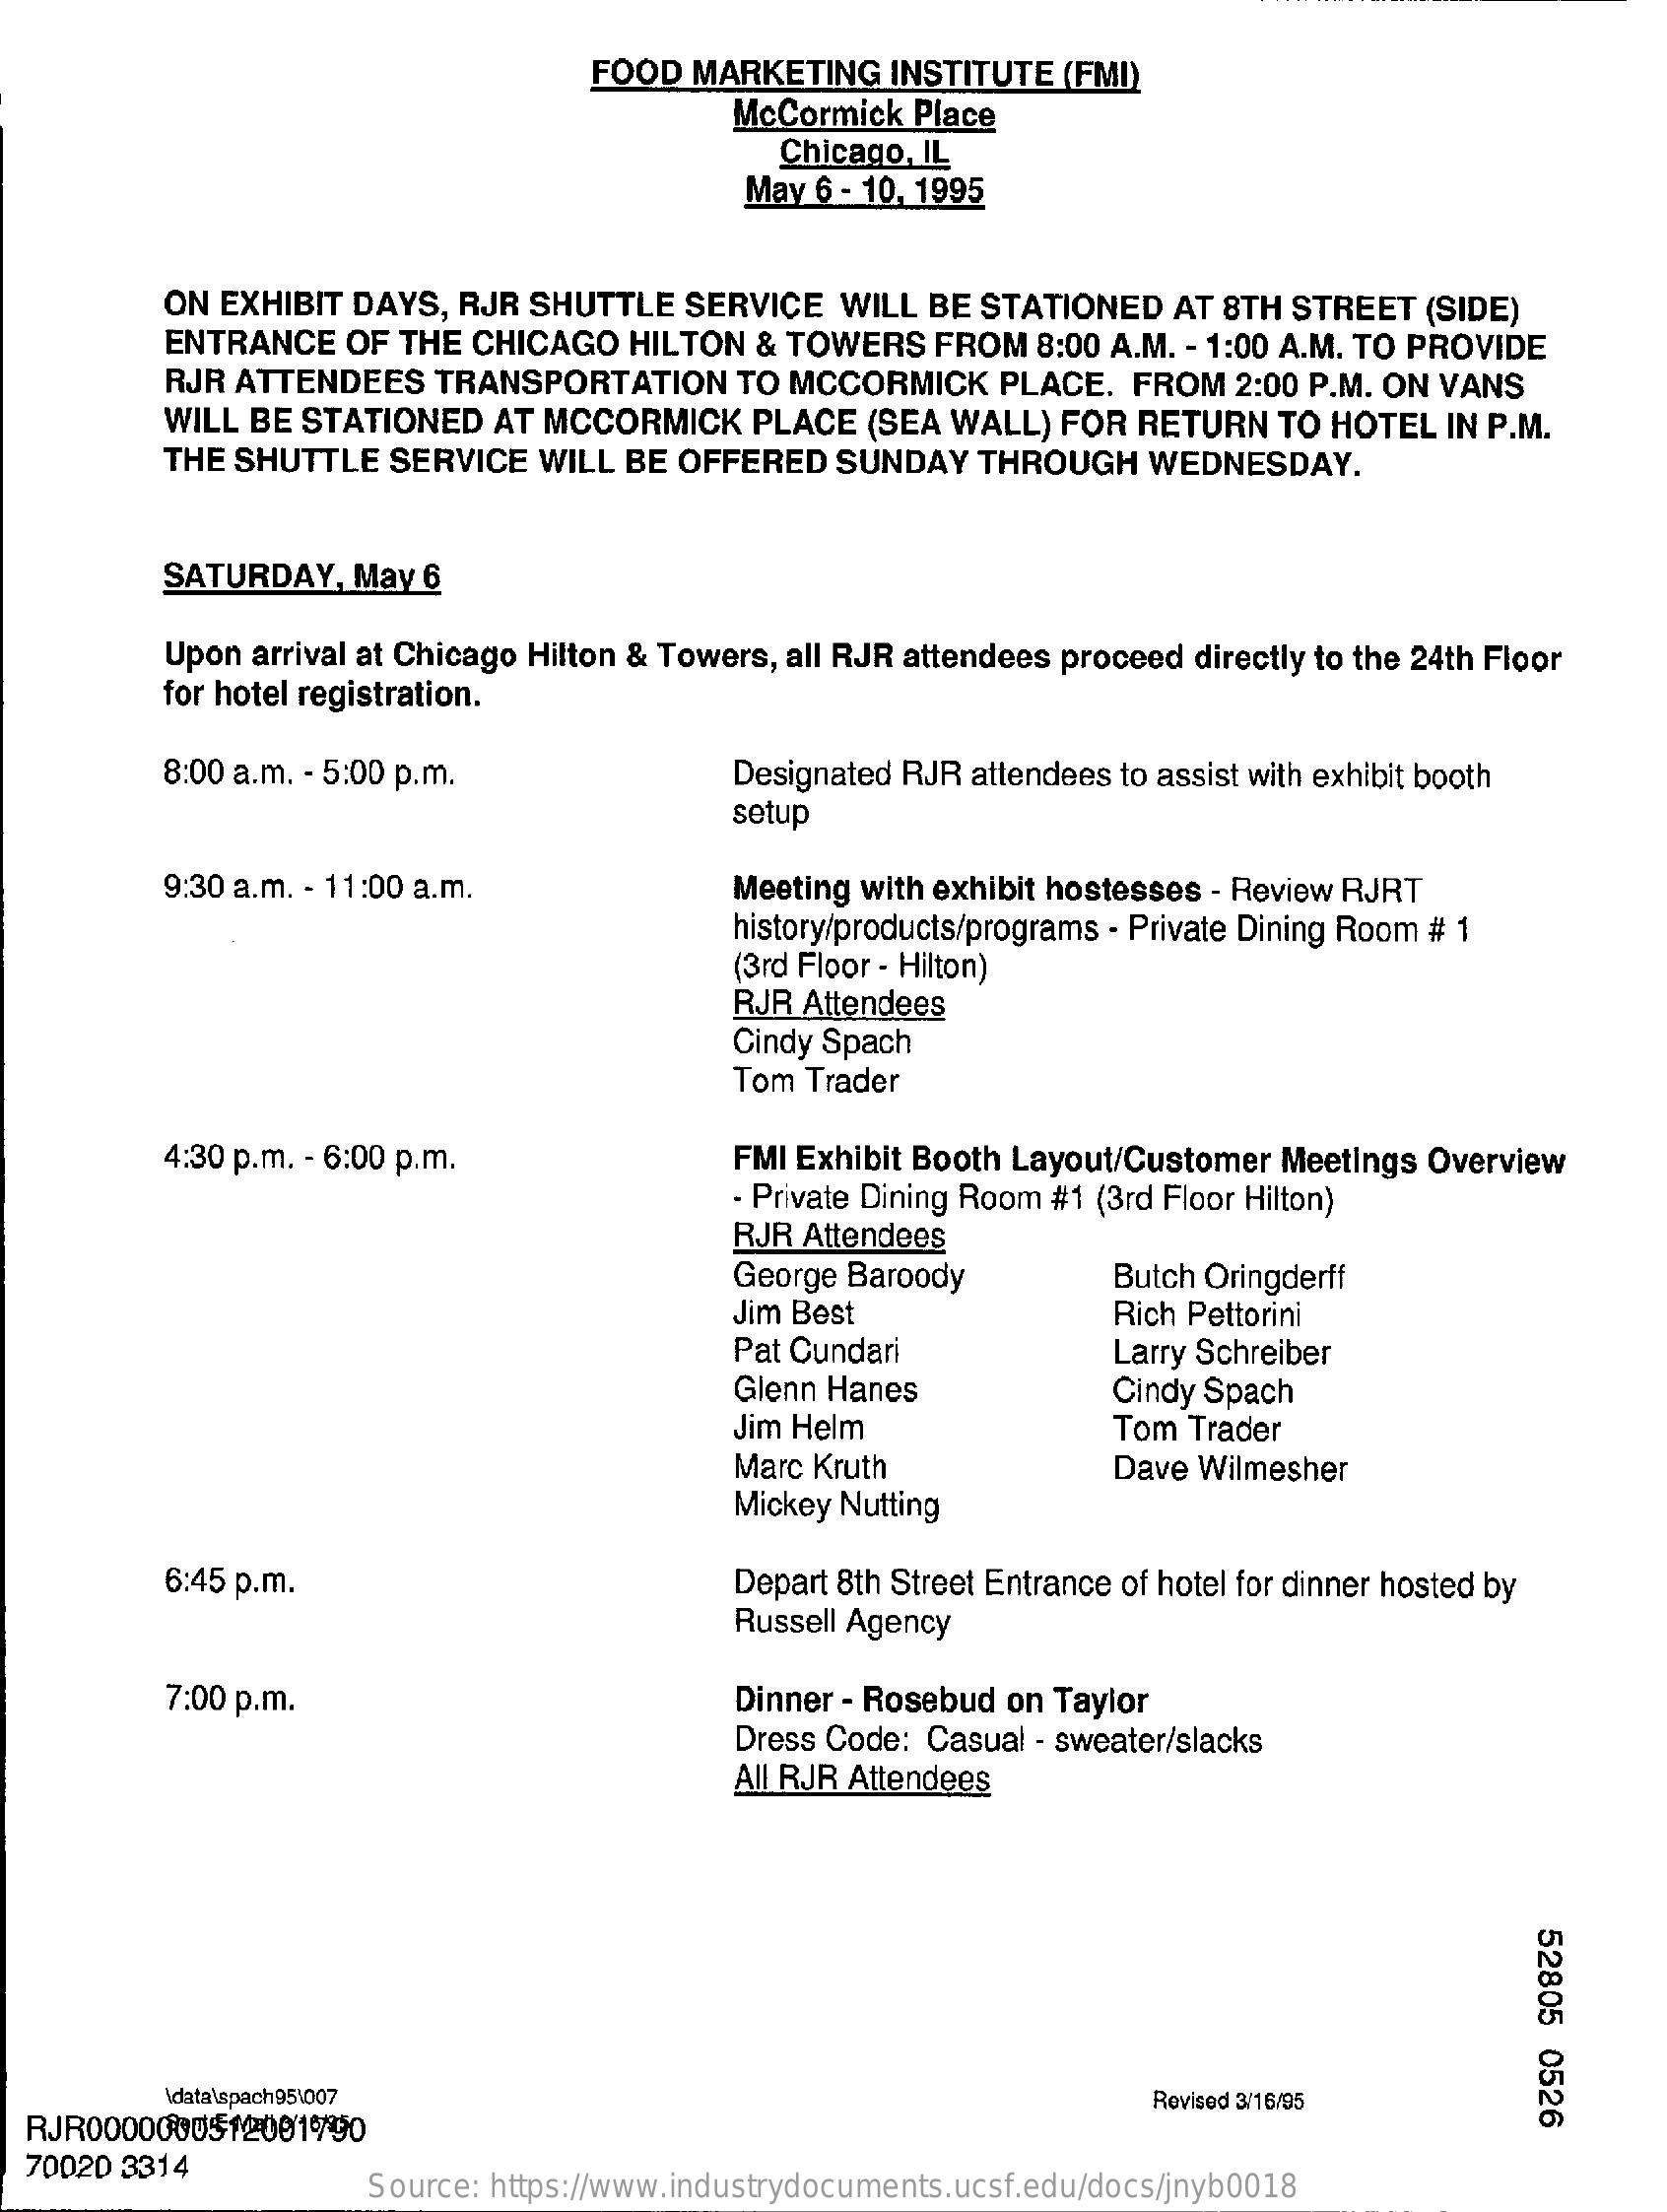
FOOD MARKETING   INSTITUTE (FMI)
     McCormick Place
     Chicago, IL
     May 6 - 10, 1995
     ON EXHIBIT DAYS, RJR SHUTTLE SERVICE WILL BE STATIONED AT 8TH STREET (SIDE)
     ENTRANCE OF THE CHICAGO  HILTON & TOWERS  FROM  8:00 A.M. - 1:00 A.M. TO PROVIDE
     RJR ATTENDEES TRANSPORTATION   TO MCCORMICK   PLACE. FROM  2:00 P.M. ON VANS
     WILL BE STATIONED AT MCCORMICK   PLACE (SEA WALL) FOR RETURN  TO HOTEL IN P.M.
     THE SHUTTLE  SERVICE WILL BE OFFERED  SUNDAY  THROUGH  WEDNESDAY.
     SATURDAY,  May 6
     Upon arrival at Chicago Hilton & Towers, all RJR attendees proceed directly to the 24th Floor
     for hotel registration.
     8:00 a.m. - 5:00 p.m.    Designated RJR attendees to assist with exhibit booth
     setup
     9:30 a.m. - 11:00 a.m.    Meeting with exhibit hostesses - Review RJRT
     history/products/programs - Private Dining Room # 1
     (3rd Floor - Hilton)
     RJR Attendees
     Cindy Spach
     Tom Trader
     4:30 p.m. - 6:00 p.m.    FMI Exhibit Booth Layout/Customer Meetings Overview
     - Private Dining Room #1 (3rd Floor Hilton)
     RJR Attendees
     George Baroody    Butch Oringderff
     Jim Best    Rich Pettorini
     Pat Cundari    Larry Schreiber
     Glenn Hanes    Cindy Spach
     Jim Helm    Tom Trader
     Marc Kruth    Dave Wilmesher
     Mickey Nutting
     6:45 p.m.    Depart 8th Street Entrance of hotel for dinner hosted by
     Russell Agency
     7:00 p.m.    Dinner - Rosebud on Taylor
     Dress Code: Casual - sweater/slacks
     All RJR Attendees
     52805
     0526 data\spach95\007 Revised 3/16/95
  RJR0000000512001790
  70020 3314
     Source: https://www.industrydocuments.ucsf.edu/docs/jnyb0018